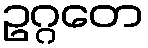
ဥဂ္ဂတေ